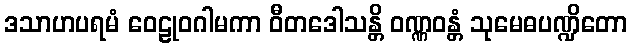
ဒသာဟပရမံ ဝေဠုဝဂါမကာ ဝီတဒေါသန္တိ ဝဏ္ဏဝန္တံ သုမေဓပဏ္ဍိတော